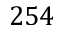
2 5 4